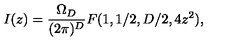
I ( z ) = { \frac { \Omega _ { D } } { ( 2 \pi ) ^ { D } } } F ( 1 , 1 / 2 , D / 2 , 4 z ^ { 2 } ) ,